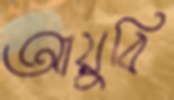
আয়ুবি